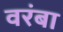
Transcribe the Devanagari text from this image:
वरंबा